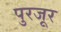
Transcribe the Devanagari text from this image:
पुरजूर